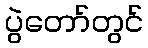
ပွဲတော်တွင်